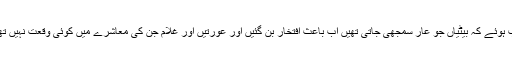
سیرت مصطفیؐ کے مثبت اثرات عرب معاشرے پر اس قدر گہرے اور پائیدار مرتب ہوئے کہ بیٹیاں جو عار سمجھی جاتی تھیں اب باعث افتخار بن گئیں اور عورتیں اور غلام جن کی معاشرے میں کوئی وقعت نہیں تھی وہ باوقار ہوگئے اور بلال حبشیؓ کی جوتیوں کی آواز آپؐ کو جنت میں سنائی گئی۔